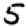
Digit: 5